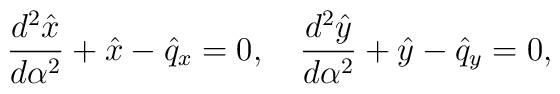
{d^2\hat x\over d\alpha^2}+\hat x-\hat q_x=0,\quad{d^2\hat y\over d\alpha^2}+\hat y-\hat q_y=0,